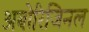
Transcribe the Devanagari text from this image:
अबोरिजिनल